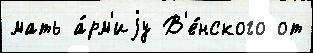
мать а́рм'иjу В'е́нского от